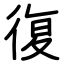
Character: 復